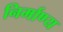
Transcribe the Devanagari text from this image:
निर्माण्य